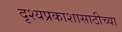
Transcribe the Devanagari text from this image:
दृश्यप्रकाशासाठीच्या